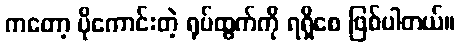
ကတော့ ပိုကောင်းတဲ့ ရုပ်ထွက်ကို ရရှိစေ ဖြစ်ပါတယ်။